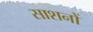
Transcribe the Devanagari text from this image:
साशनों